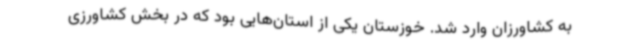
به کشاورزان وارد شد. خوزستان یکی از استان‌هایی بود که در بخش کشاورزی